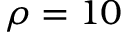
\rho = 1 0